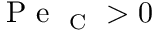
\mathrm { ~ P ~ e ~ } _ { \mathrm { ~ C ~ } } > 0